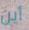
أين